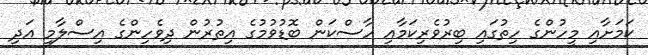
ކަމަށާއި މީހުންގެ ހިތުގައި ބިރުވެރިކަމާއި ހާސްކަން ބޮޑުވުމުގެ އިތުރުން ދިވެހިންގެ އިސްލާމީ އަދި